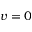
v = 0